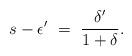
LaTeX: \begin{align*}s-\epsilon' \ =\ \frac{\delta'}{1+\delta}.\end{align*}